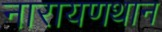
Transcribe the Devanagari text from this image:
नारायणथान